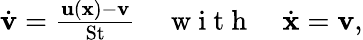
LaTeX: \begin{array}{r}{\dot{\textbf{v}}=\frac{\textbf{u}(\textbf{x})-\textbf{v}}{\textrm{St}}\quad\mathrm{~w~i~t~h~}\quad\dot{\textbf{x}}=\textbf{v},}\end{array}